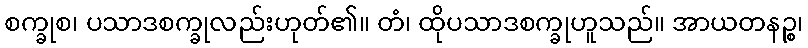
စက္ခုစ၊ ပသာဒစက္ခုလည်းဟုတ်၏။ တံ၊ ထိုပသာဒစက္ခုဟူသည်။ အာယတနဉ္စ၊